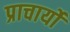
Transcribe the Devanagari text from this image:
प्राचार्यों